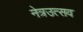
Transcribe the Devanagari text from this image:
नेत्रउत्सव